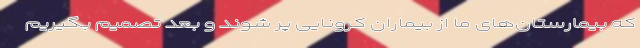
که بیمارستان‌های ما از بیماران کرونایی پر شوند و بعد تصمیم بگیریم